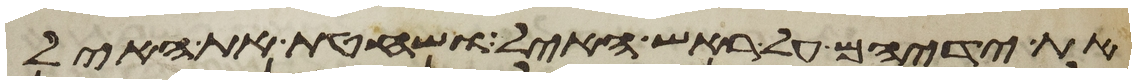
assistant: את ידיהם על ראש האיל ושחטת את האיל